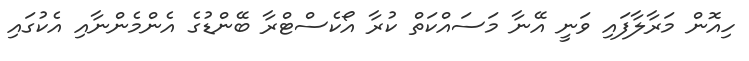
ހިއޮން މަރާލާފައި ވަނީ އޭނާ މަސައްކަތް ކުރާ އޯކެސްޓްރާ ބޭންޑުގެ އެންމެންނާއި އެކުގައި